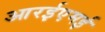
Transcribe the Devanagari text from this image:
आरईएमई